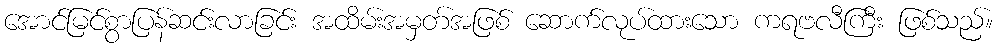
အောင်မြင်စွာပြန်ဆင်းလာခြင်း အထိမ်းအမှတ်အဖြစ် ဆောက်လုပ်ထားသော ကရဗလီကြီး ဖြစ်သည်။